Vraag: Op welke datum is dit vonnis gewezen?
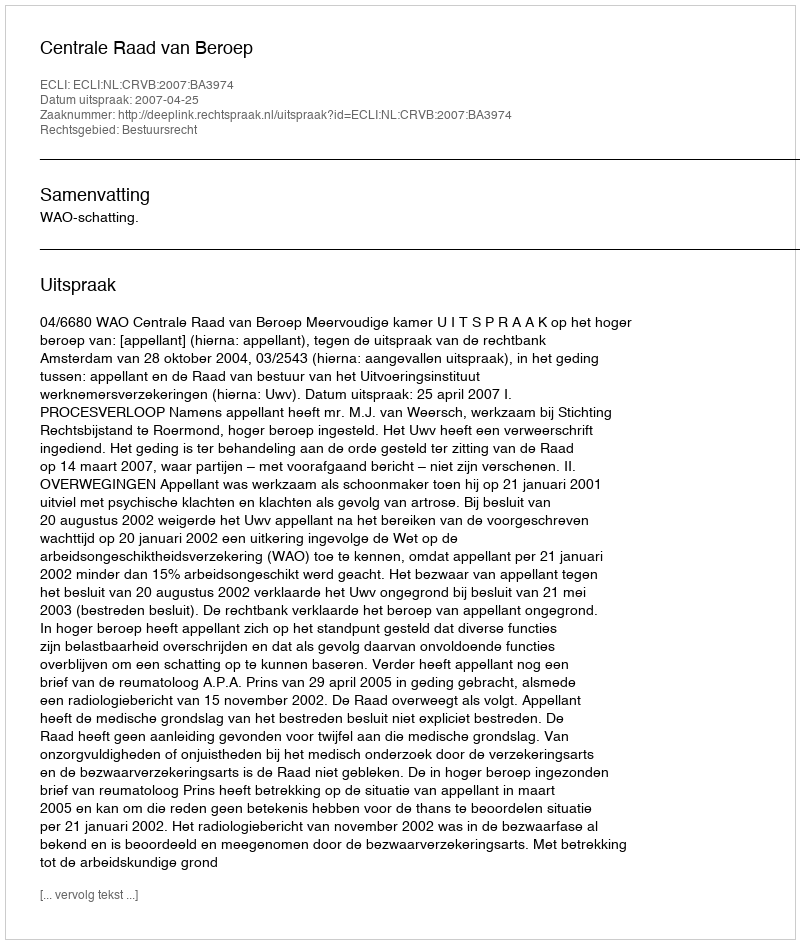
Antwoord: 2007-04-25